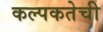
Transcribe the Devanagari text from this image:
कल्पकतेची